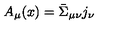
A _ { \mu } ( x ) = \bar { \Sigma } _ { \mu \nu } j _ { \nu }